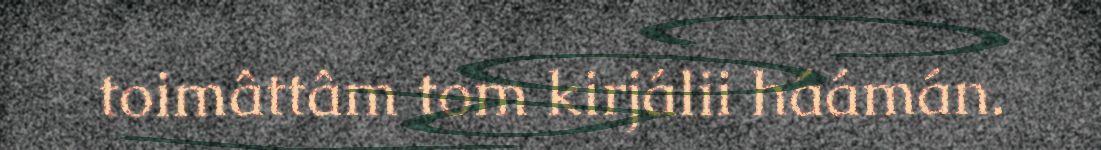
toimâttâm tom kirjálii háámán.